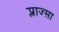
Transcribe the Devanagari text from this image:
प्लाज्म़ा